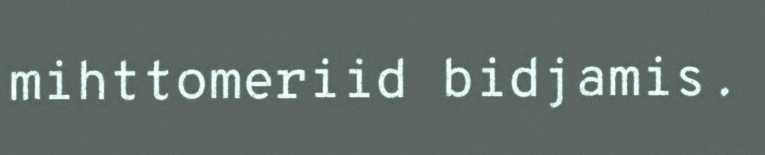
mihttomeriid bidjamis.